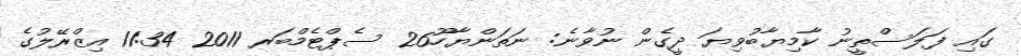
ގައި ފަލަސްތީނު ކާމިޔާބުވިޔަ ދީގެން ނުވާނެ: ނަތަންޔާހޫ26 ސެޕްޓެމްބަރ 2011 11:34 އިޒްރޭލުގެ